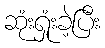
ဆုံးရှုံးခဲ့ပြီး